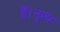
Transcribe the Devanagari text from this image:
हैं।नॄत्य